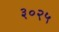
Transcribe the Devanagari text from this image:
३०२५